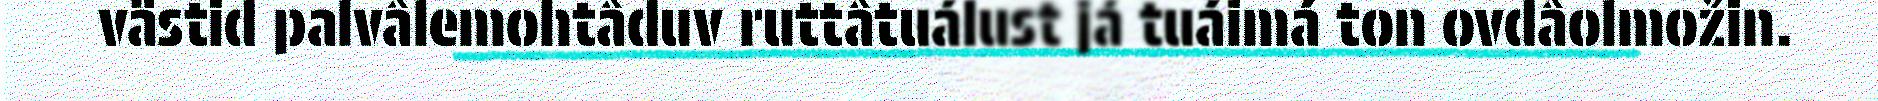
västid palvâlemohtâduv ruttâtuálust já tuáimá ton ovdâolmožin.